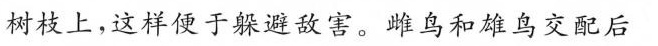
树枝上，这样便于躲避敌害。雌鸟和雄鸟交配后